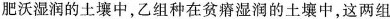
肥沃湿润的土壤中，乙组种在贫瘠湿润的土壤中，这两组